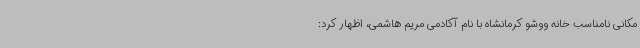
مکانی نامناسب خانه ووشو کرمانشاه با نام آکادمی مریم هاشمی، اظهار کرد: